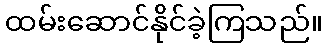
ထမ်းဆောင်နိုင်ခဲ့ကြသည်။